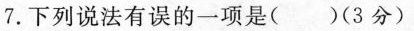
7. 下列说法有误的一项是( )(3分)